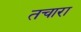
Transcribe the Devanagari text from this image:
तचारा